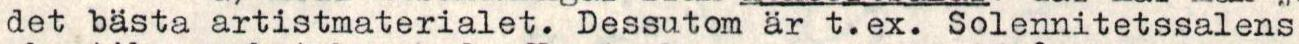
det basta artistmaterialet. Dessutom ar t.ex. Solennitetssalens